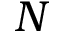
N